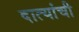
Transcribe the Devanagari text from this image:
दात्यांची